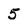
Character: 5